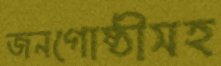
জনগোষ্ঠীসহ